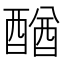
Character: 𨡴